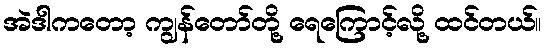
အဲဒါကတော့ ကျွန်တော်တို့ ရေကြောင့်လို့ ထင်တယ်။